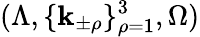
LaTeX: (\Lambda,\{ \mathbf{k}_{\pm\rho}\} _{\rho=1}^{3},\Omega)